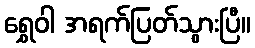
ရွှေဝါ အရက်ပြတ်သွားပြီ။